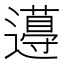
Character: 𨘚